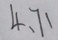
4 、 7 1